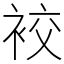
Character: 䘨